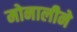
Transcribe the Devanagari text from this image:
मोनालीने